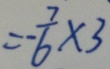
= - \frac { 7 } { 6 } \times 3